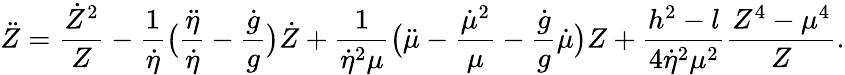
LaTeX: \ddot{Z}={\frac{\dot{Z}^{2}}{Z}}-{\frac{1}{\dot{\eta}}}\bigl({\frac{\ddot{\eta}}{\dot{\eta}}}-{\frac{\dot{g}}{g}}\bigr)\dot{Z}+{\frac{1}{\dot{\eta}^{2}\mu}}\bigl(\ddot{\mu}-{\frac{\dot{\mu}^{2}}{\mu}}-{\frac{\dot{g}}{g}}\dot{\mu}\bigr)Z+{\frac{h^{2}-l}{4\dot{\eta}^{2}\mu^{2}}}{\frac{Z^{4}-\mu^{4}}{Z}}.